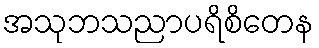
အသုဘသညာပရိစိတေန